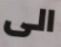
الى